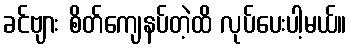
ခင်ဗျား စိတ်ကျေနပ်တဲ့ထိ လုပ်ပေးပါ့မယ်။